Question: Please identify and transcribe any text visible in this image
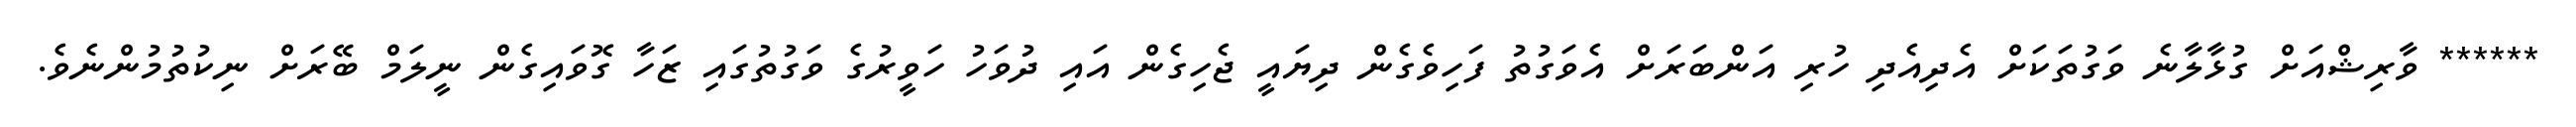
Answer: ****** ވާރިޝްއަށް ގުޅާލާނެ ވަގުތަކަށް އެދިއެދި ހުރި އަންބަރަށް އެވަގުތު ފަހިވެގެން ދިޔައީ ޖެހިގެން އައި ދުވަހު ހަވީރުގެ ވަގުތުގައި ޒަހާ ގޮވައިގެން ނީލަމް ބޭރަށް ނިކުތުމުންނެވެ.